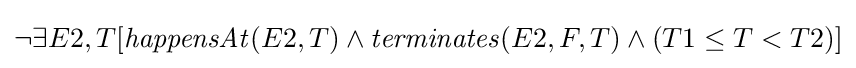
\neg \exists E2,T[{\mathit {happensAt}}(E2,T)\wedge {\mathit {terminates}}(E2,F,T)\wedge (T1\leq T<T2)]